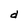
Character: d